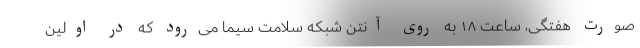
صورت هفتگی، ساعت ۱۸ به روی آنتن شبکه سلامت سیما می‌رود که در اولین